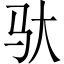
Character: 驮